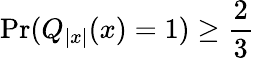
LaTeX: \mathrm{Pr}(Q_{|x|}(x)=1)\geq{\frac{2}{3}}